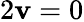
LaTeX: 2\mathbf{v}=0